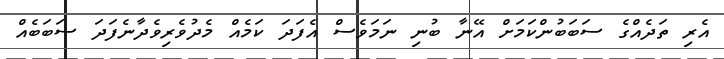
އެރި ތަދެއްގެ ސަބަބުންކަމަށް އޭނާ ބުނި ނަމަވެސް އެފަދަ ކަމެއް މެދުވެރިވެދާނެފަދަ ސަބަބެއް